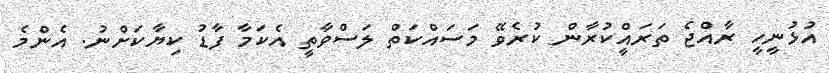
އުޅުނީހީ ރާއްޖެ ތަރައްީކުރާން ކުރެވޭ މަސައްކަތް ލަސްވާތީ އެކަމާ ފާޑު ކިޔާކަށްނު. އެންމެ